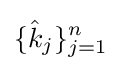
\{{\hat {k}}_{j}\}_{j=1}^{n}